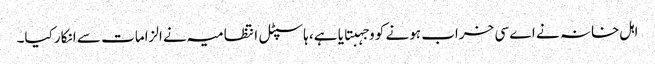
اہل خانہ نے اے سی خراب ہونے کو وجہبتایا ہے، ہاسپٹل انتظامیہ نے الزامات سے انکار کیا۔